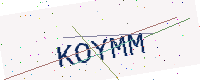
Text: KOYMM